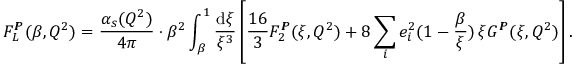
F _ { L } ^ { I \! \! P } ( \beta , Q ^ { 2 } ) = \frac { \alpha _ { s } ( Q ^ { 2 } ) } { 4 \pi } \cdot \beta ^ { 2 } \int _ { \beta } ^ { 1 } \frac { \mathrm { d } \xi } { \xi ^ { 3 } } \left[ \frac { 1 6 } { 3 } F _ { 2 } ^ { I \! \! P } ( \xi , Q ^ { 2 } ) + 8 \sum _ { i } e _ { i } ^ { 2 } ( 1 - \frac { \beta } { \xi } ) \, \xi G ^ { I \! \! P } ( \xi , Q ^ { 2 } ) \right] .